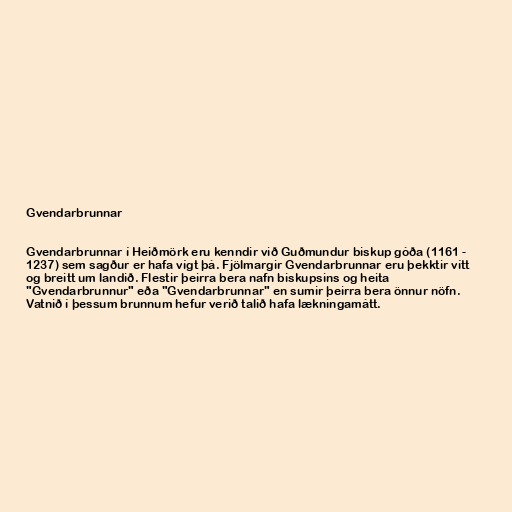
Gvendarbrunnar

Gvendarbrunnar í Heiðmörk eru kenndir við Guðmundur biskup góða (1161 -
1237) sem sagður er hafa vígt þá. Fjölmargir Gvendarbrunnar eru þekktir vítt
og breitt um landið. Flestir þeirra bera nafn biskupsins og heita
"Gvendarbrunnur" eða "Gvendarbrunnar" en sumir þeirra bera önnur nöfn.
Vatnið í þessum brunnum hefur verið talið hafa lækningamátt.